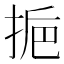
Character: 𢬯